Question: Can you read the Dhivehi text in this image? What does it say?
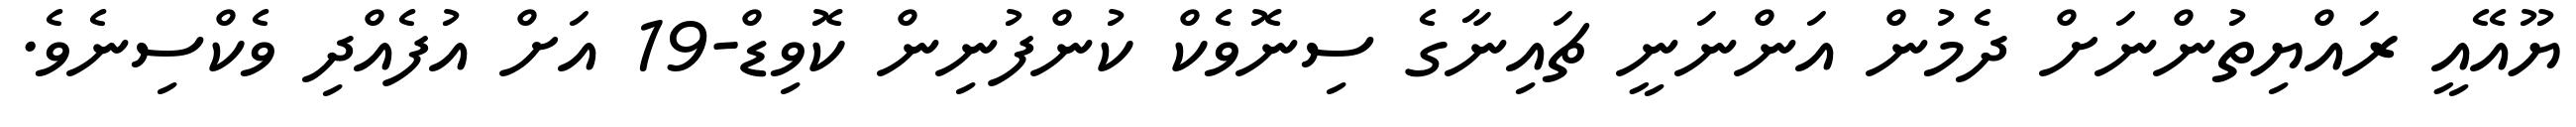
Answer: ޔޫއޭއީ ރައްޔިތުންނަށް ދެމުން އަންނަނީ ޗައިނާގެ ސިނޮވެކް ކުންފުނިން ކޮވިޑް-19 އަށް އުފެއްދި ވެކްސިނެވެ.